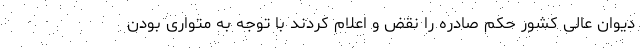
دیوان عالی کشور حکم صادره را نقض و اعلام کردند با توجه به متواری بودن